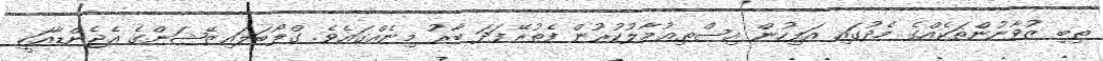
ތިބި ޒުވާނުންތަކެއްގެ މެދުގައި އަފިހުން އިސްތިޢުމާލުކުރުން ފެތުރޭފަދަ ބާރު މިނެއްގައެވެ. ގްލޯބަލައިޒޭޝަންގެ އެޖެންޑާއަކީ